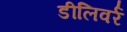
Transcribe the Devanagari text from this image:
डीलिवर्र